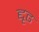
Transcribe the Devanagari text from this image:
द्दृढ